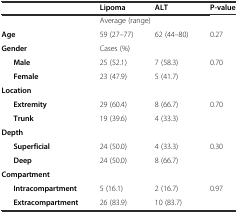
<table><thead><tr><td></td><td><b>Lipoma</b></td><td><b>ALT</b></td><td><b>P-value</b></td></tr></thead><tbody><tr><td></td><td colspan="2">Average (range)</td><td></td></tr><tr><td><b>Age</b></td><td>59 (27–77)</td><td>62 (44–80)</td><td>0.27</td></tr><tr><td><b>Gender</b></td><td colspan="2">Cases (%)</td><td></td></tr><tr><td><b>Male</b></td><td>25 (52.1)</td><td>7 (58.3)</td><td rowspan="2">0.70</td></tr><tr><td><b>Female</b></td><td>23 (47.9)</td><td>5 (41.7)</td></tr><tr><td><b>Location</b></td><td colspan="2"></td><td></td></tr><tr><td><b>Extremity</b></td><td>29 (60.4)</td><td>8 (66.7)</td><td rowspan="2">0.70</td></tr><tr><td><b>Trunk</b></td><td>19 (39.6)</td><td>4 (33.3)</td></tr><tr><td><b>Depth</b></td><td colspan="2"></td><td></td></tr><tr><td><b>Superficial</b></td><td>24 (50.0)</td><td>4 (33.3)</td><td rowspan="2">0.30</td></tr><tr><td><b>Deep</b></td><td>24 (50.0)</td><td>8 (66.7)</td></tr><tr><td><b>Compartment</b></td><td colspan="2"></td><td></td></tr><tr><td><b>Intracompartment</b></td><td>5 (16.1)</td><td>2 (16.7)</td><td rowspan="2">0.97</td></tr><tr><td><b>Extracompartment</b></td><td>26 (83.9)</td><td>10 (83.7)</td></tr></tbody></table>